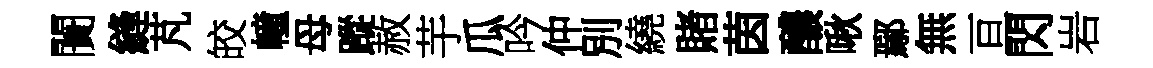
闠縫芃皎幢母蹤赦芋瓜吟仲別繞賭茵醲啾鄢無亘閃岩